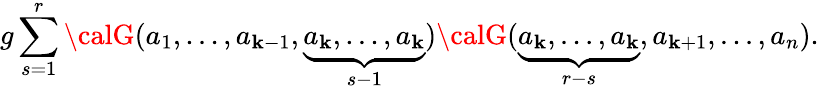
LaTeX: g\sum_{s=1}^{r}{{\calG}}(a_{1},...,a_{\mathbf{k}-1},\underbrace{{a_{\mathbf{k}},...,a_{\mathbf{k}}}}_{s-1}){{\calG}}(\underbrace{{a_{\mathbf{k}},...,a_{\mathbf{k}}}}_{r-s},a_{\mathbf{k}+1},...,a_{n}).